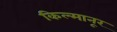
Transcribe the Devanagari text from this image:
किल्मानूर